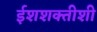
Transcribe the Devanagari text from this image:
ईशशक्तीशी